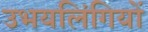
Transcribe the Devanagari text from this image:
उभयलिंगियों